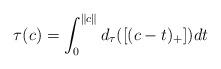
LaTeX: \begin{align*}\tau(c)=\int_0^{\|c\|}d_\tau([(c-t)_+])dt\end{align*}